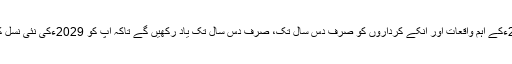
اس گزرتے سال کے آخری لمحات میں اس سال کا آخری وعدہ کیجئے کہ آپ 2019ءکے اہم واقعات اور انکے کرداروں کو صرف دس سال تک، صرف دس سال تک یاد رکھیں گے تاکہ آپ کو 2029ءکی نئی نسل کو یہ سمجھانے میں آسانی ہو کہ اسے 2039ءکا پاکستان کیسے مزید بہتر بنانا ہے۔